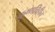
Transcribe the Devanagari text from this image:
कृष्णविहीन